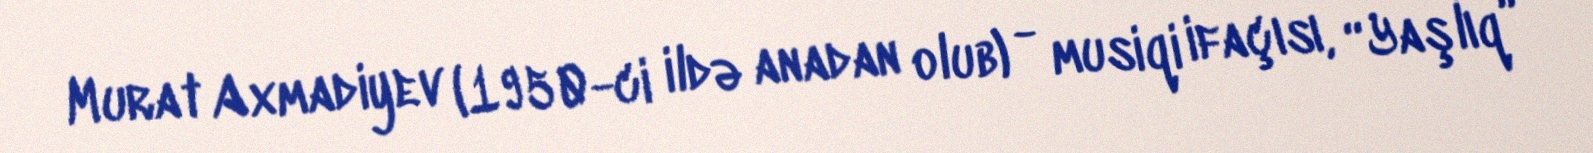
Murat Axmadiyev (1950-ci ildə anadan olub) - musiqi ifaçısı, “Yaşlıq”